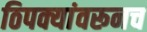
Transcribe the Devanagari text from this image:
ठिपक्यांवरूनच